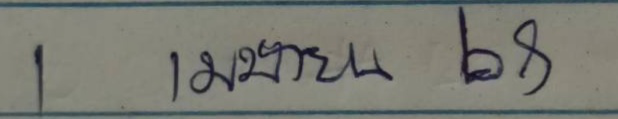
1 เมษายน 68